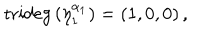
\mathrm { t r i d e g } \left( \eta _ { 1 } ^ { \alpha _ { 1 } } \right) = \left( 1 , 0 , 0 \right) ,